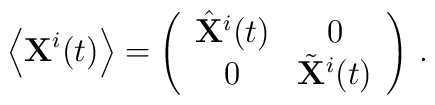
\left\langle {\bf X}^i(t) \right\rangle = \left(\begin{array}{cc}\hat{\bf X}^i(t) & 0 \\0 & \tilde{\bf X}^i(t)\end{array}\right) \,.